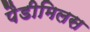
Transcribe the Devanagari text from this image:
पैडीमिलस